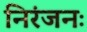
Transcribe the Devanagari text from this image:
निरंजनः